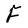
Character: F